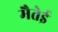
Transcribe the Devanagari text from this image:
मैतेई